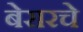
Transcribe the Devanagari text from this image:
बेरारचे